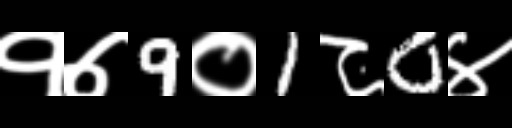
Text: १७9०1८0४